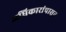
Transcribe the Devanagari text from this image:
अधिकारांपासून